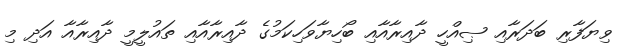
ވިޔަފާރި ބަދަރާއި ޞިއްހީ ދާއިރާއާއި ބޯހިޔާވަހިކަމުގެ ދާއިރާއާއި ތައުލީމީ ދާއިރާއާ އަދި މި